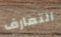
التعارف